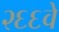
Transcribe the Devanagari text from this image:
२६६वे